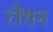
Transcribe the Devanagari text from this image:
रोंगन